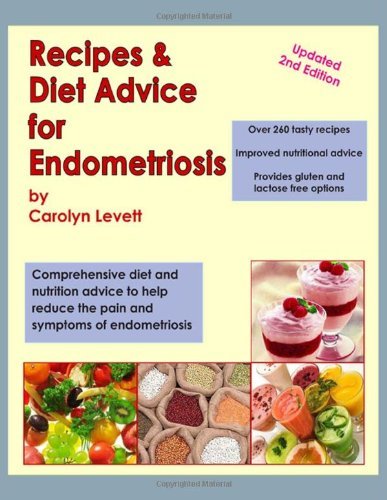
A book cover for By Carolyn Levett - Recipes & Diet Advice for Endometriosis: Comprehensive diet and nutrition advice to help reduce the pain and symptoms of endometriosis (Updated) (1/23/13); Carolyn Levett; Health, Fitness & Dieting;